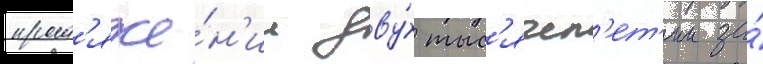
прот'яже́н'ии дву́х тыс'ячел'ет'ии за́